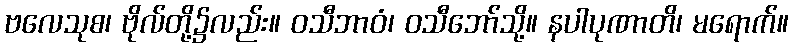
ဗလေသုစ၊ ဗိုလ်တို့၌လည်း။ ဝသီဘာဝံ၊ ဝသီဘော်သို့။ နပါပုဏာတိ၊ မရောက်။